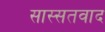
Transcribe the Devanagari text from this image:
सास्सतवाद